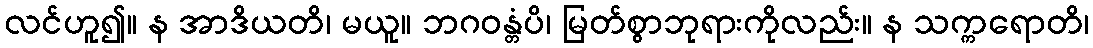
လင်ဟူ၍။ န အာဒိယတိ၊ မယူ။ ဘဂဝန္တံပိ၊ မြတ်စွာဘုရားကိုလည်း။ န သက္ကရောတိ၊